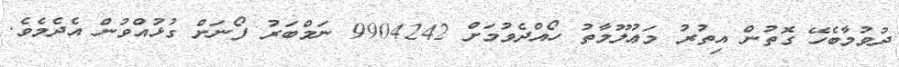
ދުވުމާބެހޭ ގޮތުން އިތުރު މަޢުލޫމާތު ހޯއްދެވުމަށް 9904242 ނަމްބަރު ފޯނަށް ގުޅުއްވުން އެދެމެވެ.